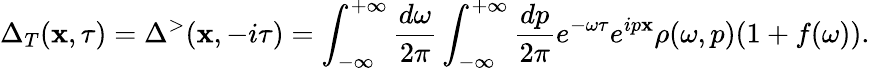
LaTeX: \Delta_{T}(\mathbf{x},\tau)=\Delta^{>}(\mathbf{x},-i\tau)=\int_{-\infty}^{+\infty}\frac{{d\omega}}{{2\pi}}\int_{-\infty}^{+\infty}\frac{{dp}}{{2\pi}}e^{-\omega\tau}e^{ip\mathbf{x}}\rho(\omega,p)(1+f(\omega)).